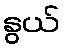
နွယ်